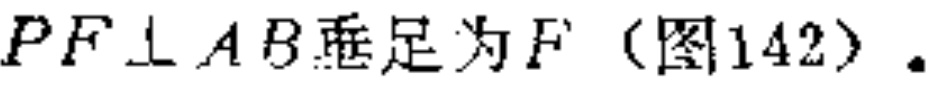
$PF\perp AB垂足为F（图142）.$